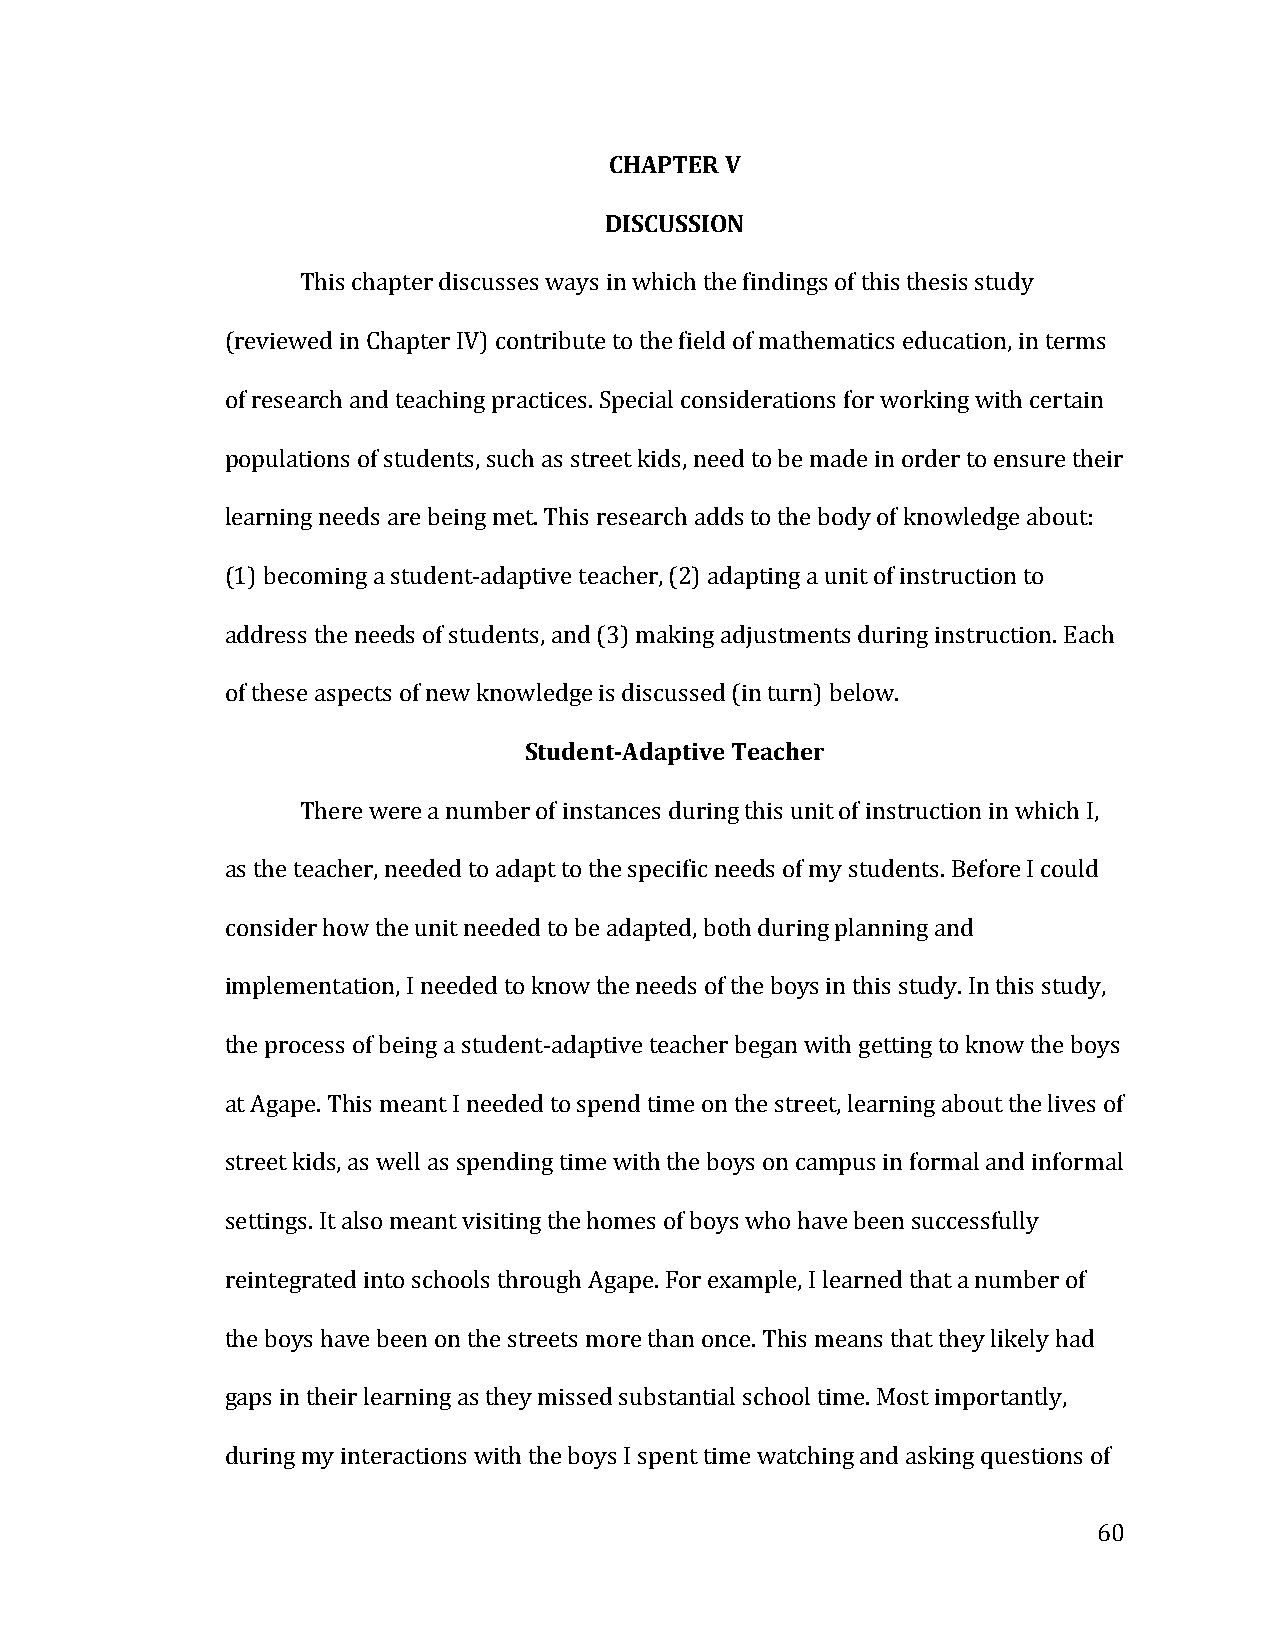
CHAPTER V
 DISCUSSION
 This chapter discusses ways in which the findings of this thesis study
 (reviewed in Chapter IV) contribute to the field of mathematics education, in terms
 of research and teaching practices. Special considerations for working with certain
 populations of students, such as street kids, need to be made in order to ensure their
 learning needs are being met. This research adds to the body of knowledge about:
 (1) becoming a student-­‐adaptive teacher, (2) adapting a unit of instruction to
 address the needs of students, and (3) making adjustments during instruction. Each
 of these aspects of new knowledge is discussed (in turn) below.
 Student-­‐Adaptive Teacher
 There were a number of instances during this unit of instruction in which I,
 as the teacher, needed to adapt to the specific needs of my students. Before I could
 consider how the unit needed to be adapted, both during planning and
 implementation, I needed to know the needs of the boys in this study. In this study,
 the process of being a student-­‐adaptive teacher began with getting to know the boys
 at Agape. This meant I needed to spend time on the street, learning about the lives of
 street kids, as well as spending time with the boys on campus in formal and informal
 settings. It also meant visiting the homes of boys who have been successfully
 reintegrated into schools through Agape. For example, I learned that a number of
 the boys have been on the streets more than once. This means that they likely had
 gaps in their learning as they missed substantial school time. Most importantly,
 during my interactions with the boys I spent time watching and asking questions of
 60